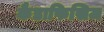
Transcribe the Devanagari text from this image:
कैडाफिसिज